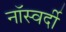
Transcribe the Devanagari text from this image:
नॉस्वर्दी